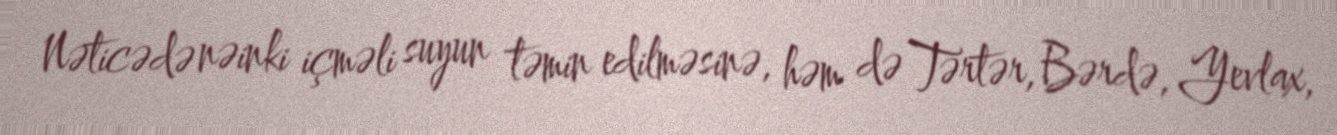
Nəticədə nəinki içməli suyun təmin edilməsinə, həm də Tərtər, Bərdə, Yevlax,